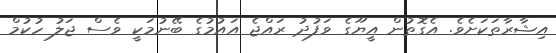
އިޝާރާތަކަށެވެ. އެގޮތުން އީޔޫގެ ވަފުދު ރައްޖެ އައުމުގެ ބޭނުމަކީ ވެސް ޖަލު ހުކުމް